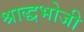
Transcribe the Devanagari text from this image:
श्राद्धभोजी